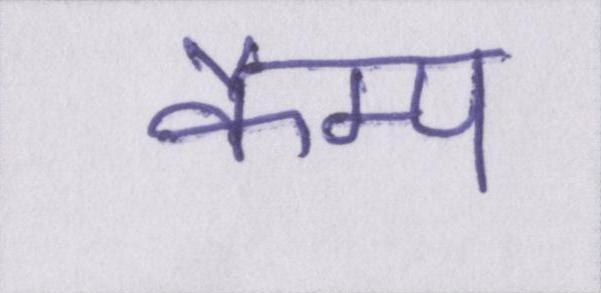
कैम्प